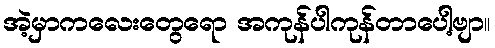
အဲ့မှာကလေးတွေရော အကုန်ပါကုန်တာပေါ့ဗျာ။